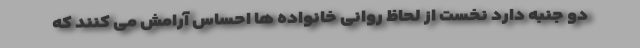
دو جنبه دارد نخست از لحاظ روانی خانواده ها احساس آرامش می کنند که